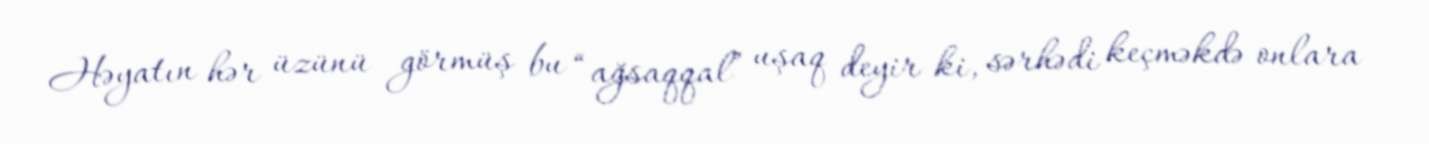
Həyatın hər üzünü görmüş bu “ağsaqqal” uşaq deyir ki, sərhədi keçməkdə onlara